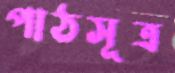
পাঠসূত্র